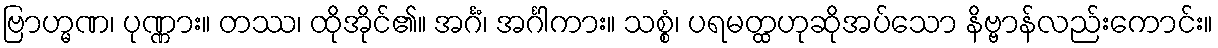
ဗြာဟ္မဏ၊ ပုဏ္ဏား။ တဿ၊ ထိုအိုင်၏။ အင်္ဂံ၊ အင်္ဂါကား။ သစ္စံ၊ ပရမတ္ထဟုဆိုအပ်သော နိဗ္ဗာန်လည်းကောင်း။